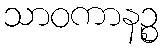
သာဝကာနဉ္စ